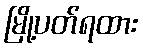
မြို့ပတ်ရထား